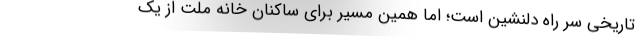
تاریخی سر راه دلنشین است؛ اما همین مسیر برای ساکنان خانه ملت از یک